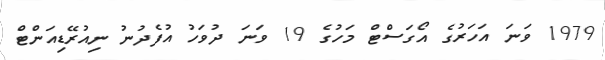
1979 ވަނަ އަހަރުގެ އޯގަސްޓް މަހުގެ 19 ވަނަ ދުވަހު އުފެދުނު ނިއުރޭޑިއަންޓް